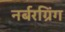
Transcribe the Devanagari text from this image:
नर्बरग्रिंग